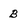
Character: B